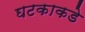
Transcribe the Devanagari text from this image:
घटकाकडे